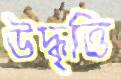
উদ্ধৃত্তি